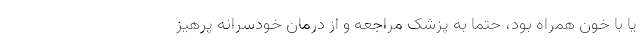
یا با خون همراه بود، حتما به پزشک مراجعه و از درمان خودسرانه پرهیز